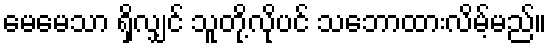
မေမေသာ ရှိလျှင် သူတို့လိုပင် သဘောထားလိမ့်မည်။